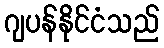
ဂျပန်နိုင်ငံသည်